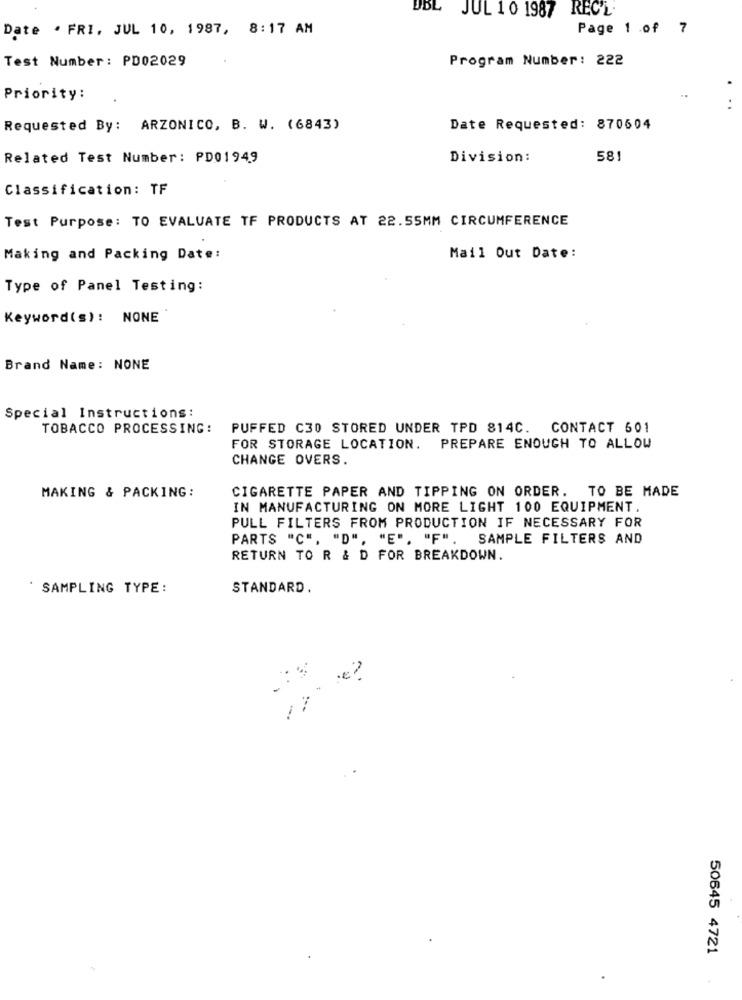
UDL
JUL 10 1987 RECL
Date . FRI, JUL 10, 1987, 8:17 AM
Page 1 of 7
Test Number: PD02029
Program Number: 222
Priority:
..
Requested By: ARZONICO, B. W. (6843)
Date Requested: 870604
Related Test Number: PD01949
Division:
581
Classification: TF
Test Purpose: TO EVALUATE TF PRODUCTS AT 22.55MM CIRCUMFERENCE
Making and Packing Date:
Mail Out Date:
Type of Panel Testing:
Keyword(s): NONE
Brand Name: NONE
Special Instructions:
TOBACCO PROCESSING:
PUFFED C30 STORED UNDER TPD 814C. CONTACT 501
FOR STORAGE LOCATION. PREPARE ENOUGH TO ALLOW
CHANGE OVERS.
CIGARETTE PAPER AND TIPPING ON ORDER. TO BE MADE
MAKING & PACKING:
IN MANUFACTURING ON MORE LIGHT 100 EQUIPMENT.
PULL FILTERS FROM PRODUCTION IF NECESSARY FOR
PARTS "C", "D". "E". "F".
SAMPLE FILTERS AND
RETURN TO R & D FOR BREAKDOWN.
' SAMPLING TYPE:
STANDARD.
50645 4721